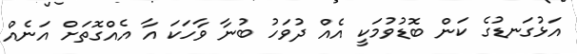
އަޅުގަނޑުގެ ކަން ބޮޑުވުމަކީ އެއް ދުވަހު ބުނާ ވާހަކަ އާ އެއްގޮތަށް އަނެއް